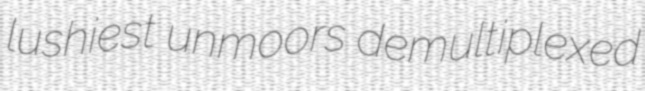
lushiest unmoors demultiplexed